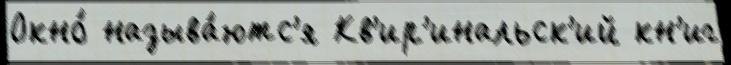
Окно́ называ́ютс'я Кв'ир'инальск'ий кн'иг